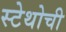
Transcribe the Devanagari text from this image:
स्टेथोची